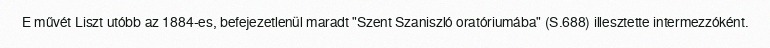
E művét Liszt utóbb az 1884-es, befejezetlenül maradt "Szent Szaniszló oratóriumába" (S.688) illesztette intermezzóként.